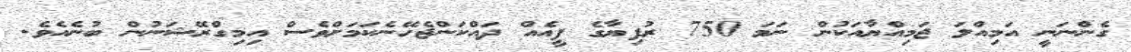
ގެންނަނީ އަމިއްލަ ޖަމިއްޔާއަކުން ނަމަ 750 ރުފިޔާގެ ފީއެއް ދައްކަންޖެހޭނެކަމަށްވެސް އިމިގްރޭޝަނުން ބުނެއެވެ.